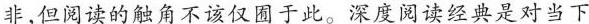
非，但阅读的触角不该仅固于此。深度阅读经典是对当下